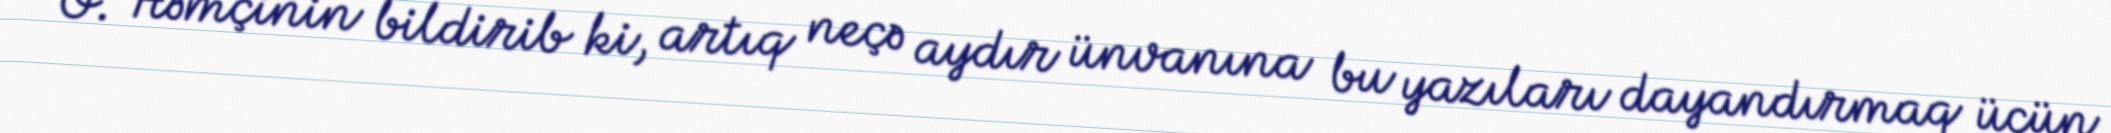
O. Həmçinin bildirib ki, artıq neçə aydır ünvanına bu yazıları dayandırmaq üçün